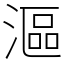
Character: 漚